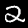
Digit: 2